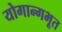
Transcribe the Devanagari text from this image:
योगान्गभूत